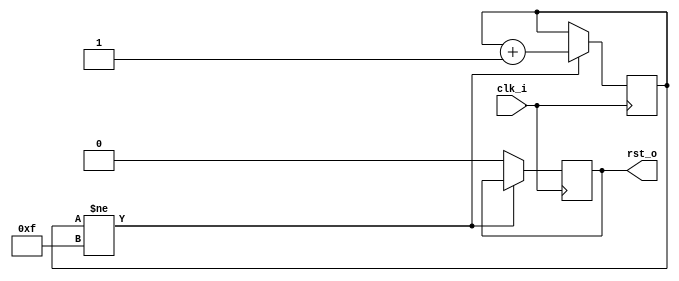
//-----------------------------------------------------------------
//                       XC6 Bus Pirate
//                           V0.2
//                     Ultra-Embedded.com
//                     Copyright 2013-2020
//
//
//                         License: GPL
// If you would like a version with a more permissive license for
// use in closed source commercial applications please contact me
// for details.
//-----------------------------------------------------------------
//
// This file is open source HDL; you can redistribute it and/or 
// modify it under the terms of the GNU General Public License as 
// published by the Free Software Foundation; either version 2 of 
// the License, or (at your option) any later version.
//
// This file is distributed in the hope that it will be useful,
// but WITHOUT ANY WARRANTY; without even the implied warranty of
// MERCHANTABILITY or FITNESS FOR A PARTICULAR PURPOSE.  See the
// GNU General Public License for more details.
//
// You should have received a copy of the GNU General Public 
// License along with this file; if not, write to the Free Software
// Foundation, Inc., 59 Temple Place, Suite 330, Boston, MA 02111-1307
// USA
//-----------------------------------------------------------------
module reset_gen
(
    input  clk_i,
    output rst_o
);

reg [3:0] count_q = 4'b0;
reg       rst_q   = 1'b1;

always @(posedge clk_i) 
if (count_q != 4'hF)
    count_q <= count_q + 4'd1;
else
    rst_q <= 1'b0;

assign rst_o = rst_q;

endmodule